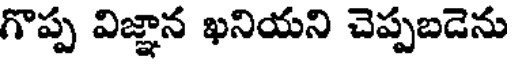
గొప్ప విజ్ఞాన ఖనియని చెప్పబడెను